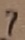
Text: 7